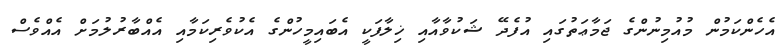
އެހެންކަމުން މުއުމިނުންގެ ޖަމާޢަތުގައި އުފެދޭ ޝަކުވާއާއި ޚިލާފަކީ އެބައިމީހުންގެ އެކުވެރިކަމާއި އެއްބާރުލުމަށް އެއްވެސް